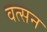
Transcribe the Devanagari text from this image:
वत्सन